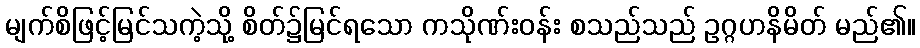
မျက်စိဖြင့်မြင်သကဲ့သို့ စိတ်၌မြင်ရသော ကသိုဏ်းဝန်း စသည်သည် ဥဂ္ဂဟနိမိတ် မည်၏။